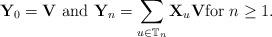
LaTeX: \begin{align*}\mathbf Y_{0}=\mathbf V \mbox{ and } \mathbf Y_{n}=\sum_{u\in \mathbb{T}_{n}} \mathbf X_{u}\mathbf V \mathrm{ for } \;n\geq 1.\end{align*}